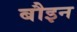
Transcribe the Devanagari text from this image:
बौइन